Newspaper: Arizona republican. [volume]
Place of publication: Phoenix, Ariz.
Publisher: Republican Pub. Co.
Date: 1895-04-07 00:00:00
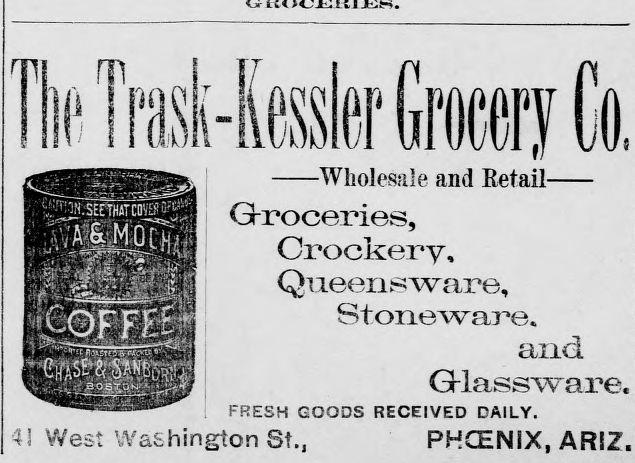
Advertisement text (OCR):
Hi) Trask-Kessier Grow Co. 1 Wholesale and Eetail- Grroceries, Crockery, Queensware, Stoneware. and G-lassware. FRESH GOODS RECEIVED DAILY. 43 West Washington St., PHCENIX, ARIZ.
Label: illustrations